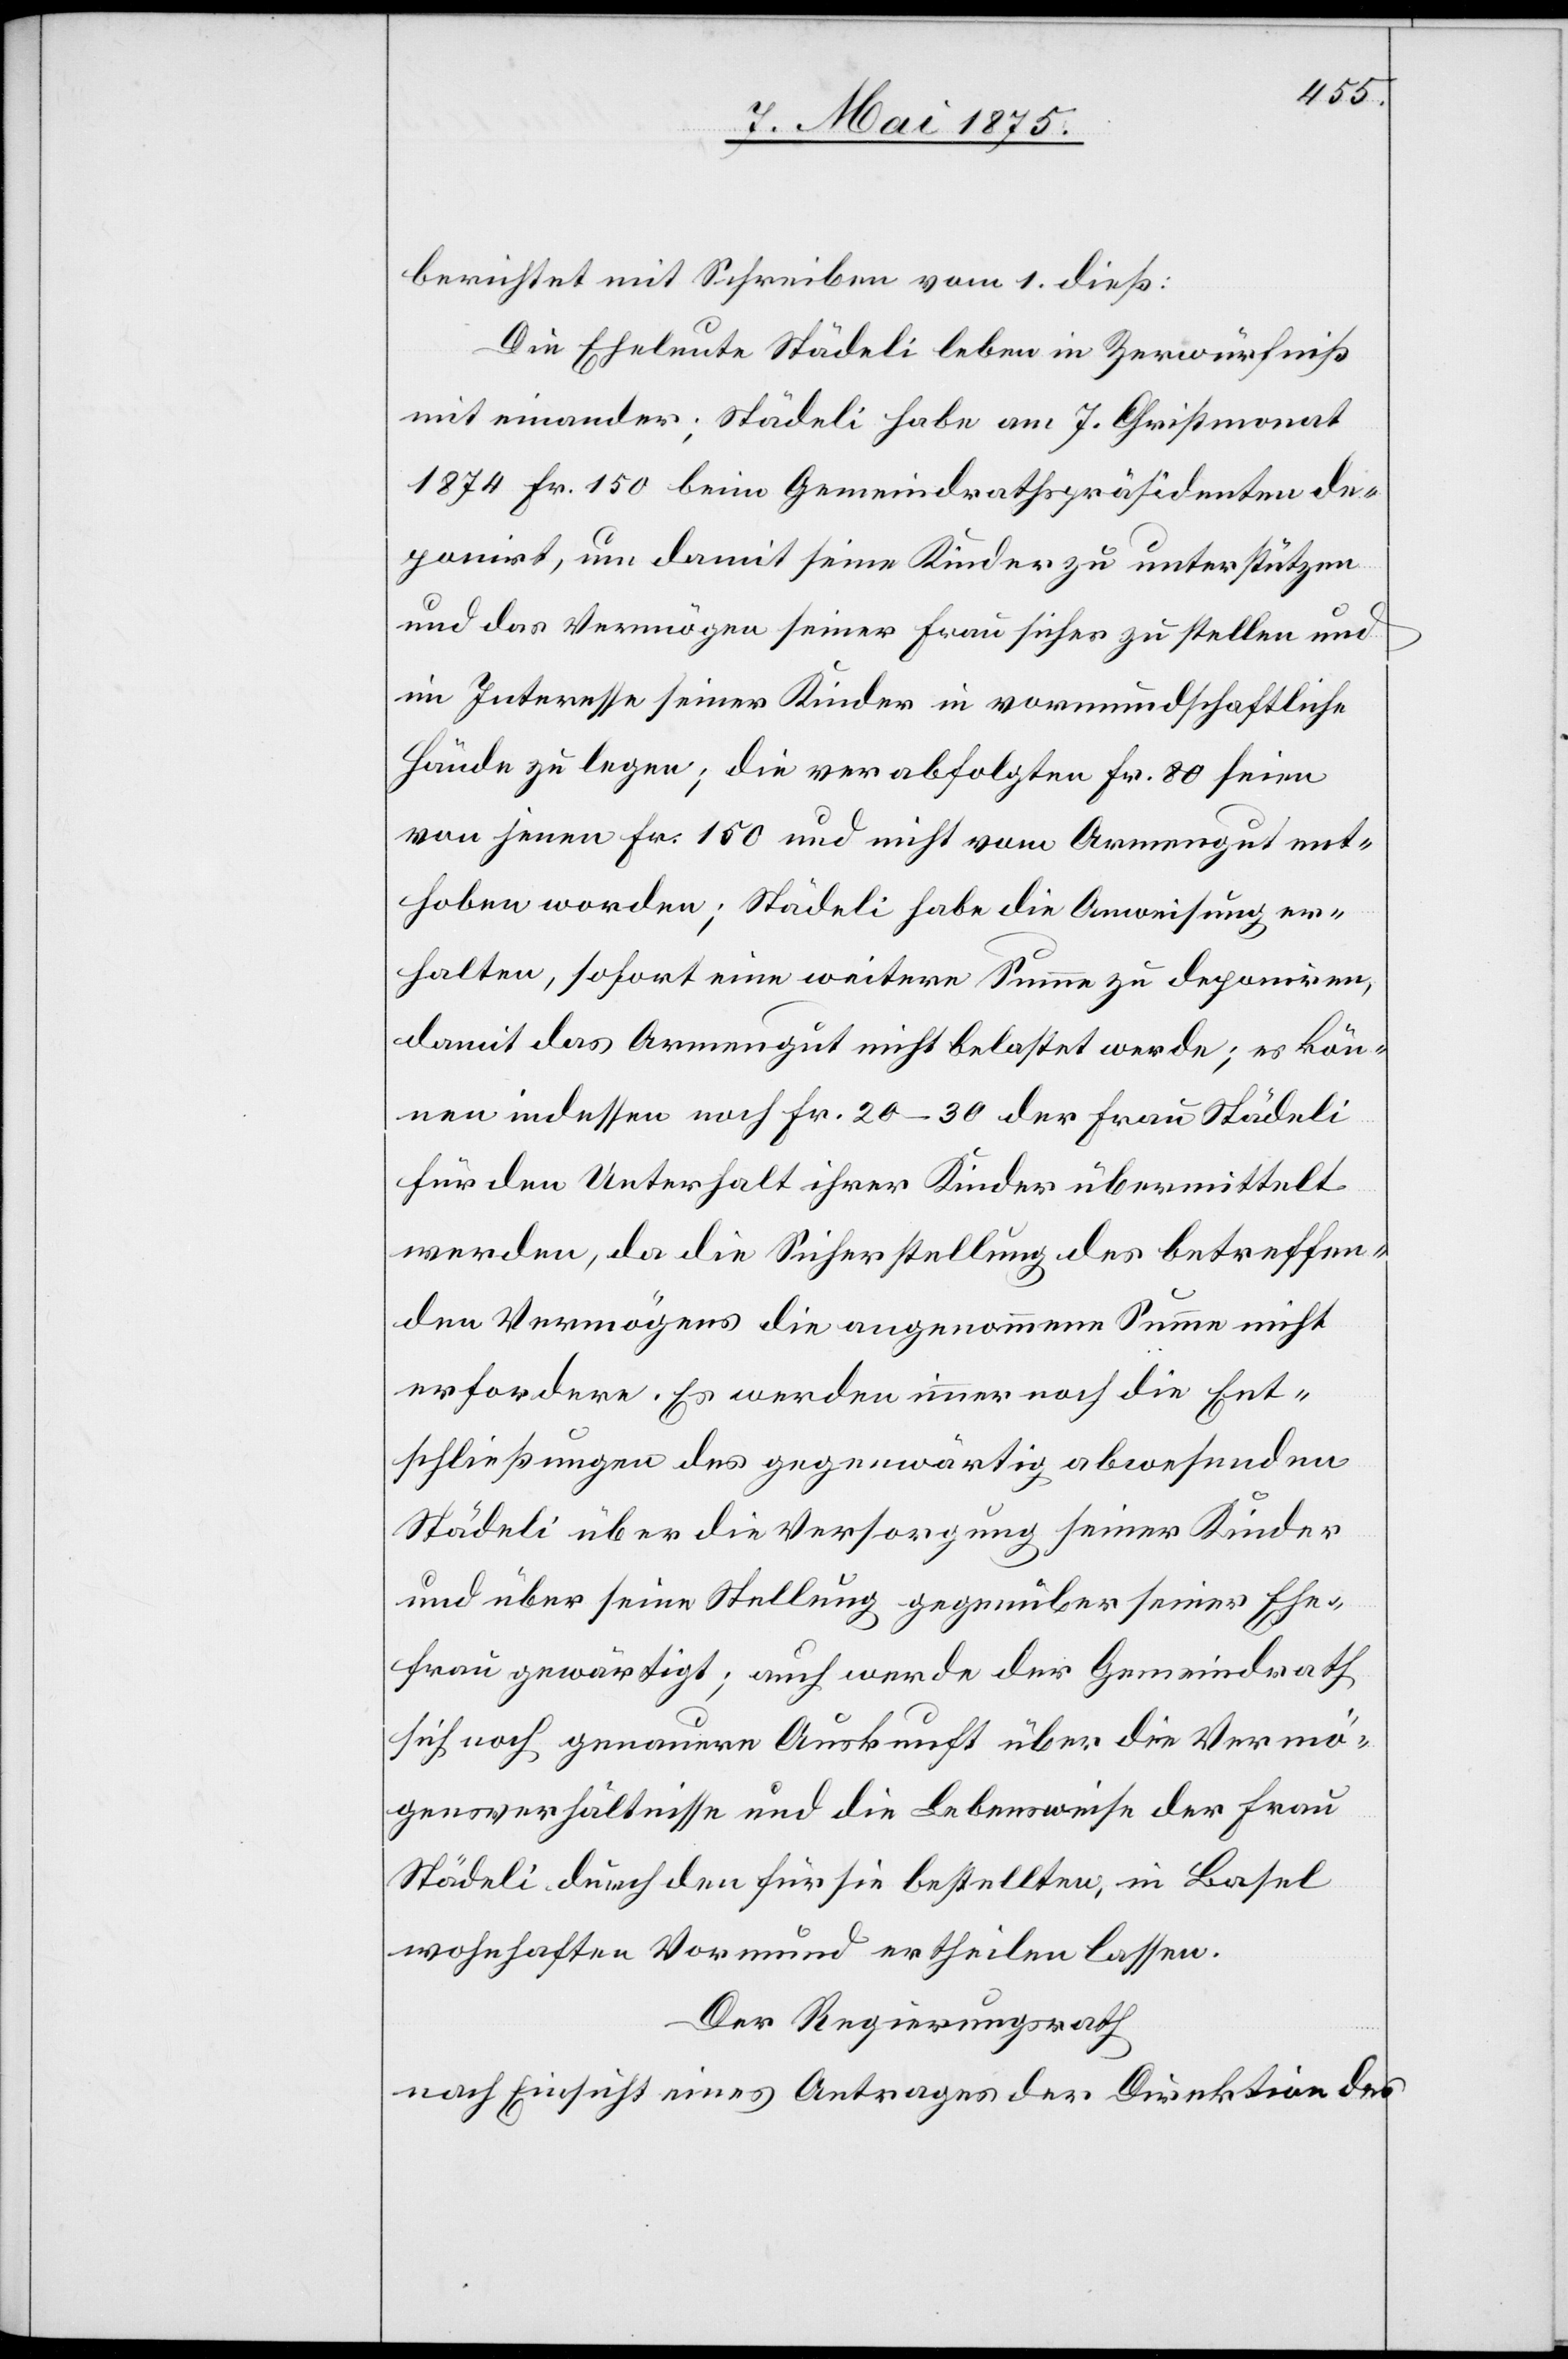
berichtet mit Schreiben vom 1. dieß:
Die Eheleute Städeli leben in Zerwürfniß
mit einander; Städeli habe am 7. Christmonat
1874 Fr. 150 beim Gemeindrathspräsidenten de¬
ponirt, um damit seine Kinder zu unterstützen
und das Vermögen seiner Frau sicher zu stellen und
im Interesse seiner Kinder in vormundschaftliche
Hände zu legen; die verabfolgten Fr. 80 seien
von jenen Fr. 150 und nicht vom Armengut ent¬
hoben worden; Städeli habe Anweisung er¬
halten, sofort eine weitere Summe zu deponiren,
damit das Armengut nicht belastet werde; es kön¬
ne indessen noch Fr. 20–30 der Frau Städeli
für den Unterhalt der Kinder übermittelt
werden, da die Sicherstellung des betreffen¬
den Vermögens die angenommene Summe nicht
erfordere. Es werden immer noch die Ent¬
schließungen des gegenwärtig abwesenden
Städeli über die Versorgung seiner Kinder
und über seine Stellung gegenüber seiner Ehe¬
frau gewärtigt; auch werde der Gemeindrath
sich noch genauere Auskunft über die Vermö¬
gensverhältnisse und die Lebensweise der Frau
Städeli durch den für sie bestellte, in Basel
wohnhaften Vormund ertheilen lassen.
Der Regierungsrath
nach Einsicht eines Antrages der Direktion des